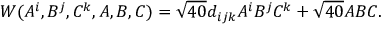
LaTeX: { \cal W } ( A ^ { i } , B ^ { j } , C ^ { k } , A , B , C ) = \sqrt { 4 0 } d _ { i j k } A ^ { i } B ^ { j } C ^ { k } + \sqrt { 4 0 } A B C .